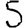
Digit: 5